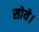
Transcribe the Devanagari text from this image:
सोये।